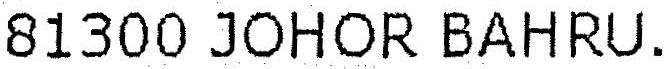
81300 JOHOR BAHRU.